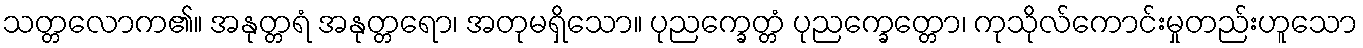
သတ္တလောက၏။ အနုတ္တရံ အနုတ္တရော၊ အတုမရှိသော။ ပုညက္ခေတ္တံ ပုညက္ခေတ္တော၊ ကုသိုလ်ကောင်းမှုတည်းဟူသော